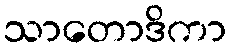
သာတောဒိကာ